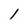
Character: 1